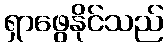
ရှာဖွေနိုင်သည်